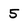
Character: 5